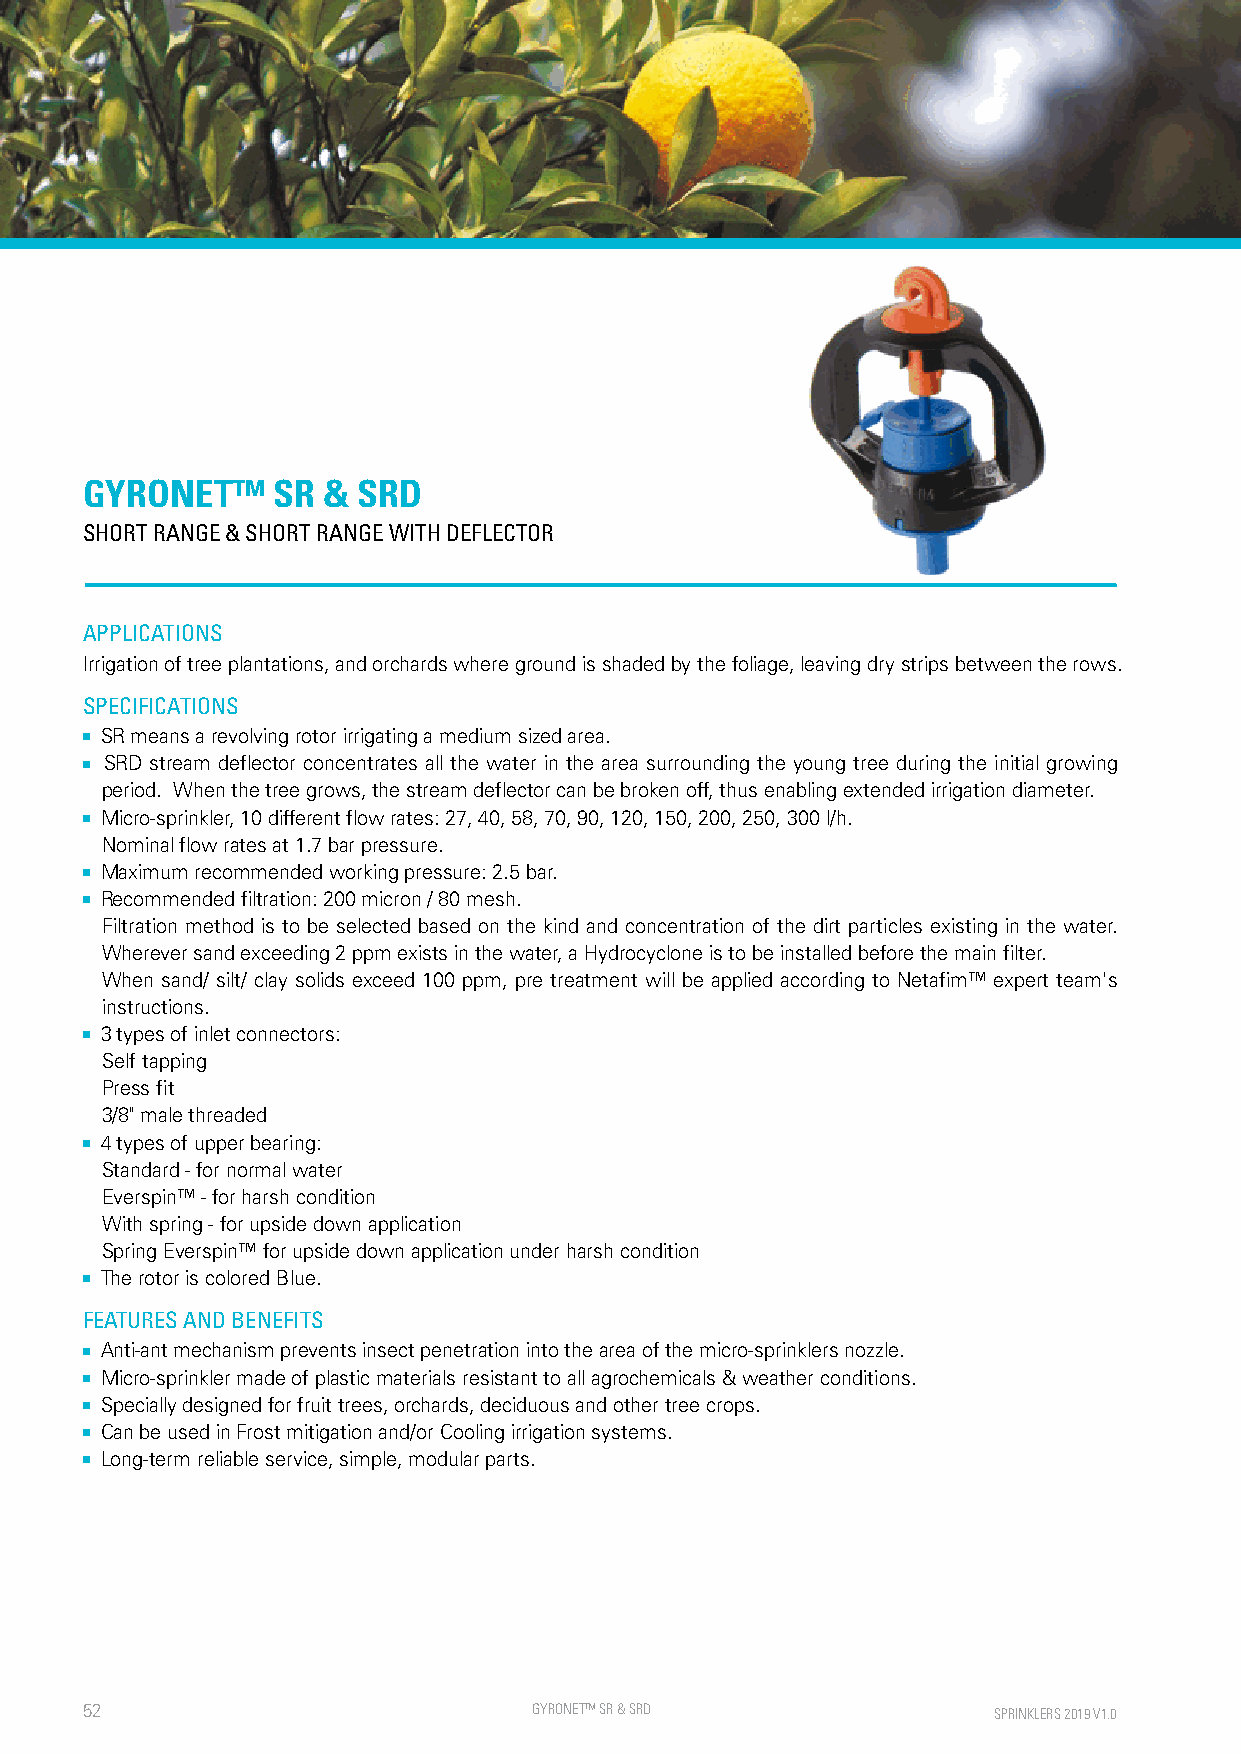
GYRONET™     SR &  SRD
 SHORT RANGE & SHORT RANGE WITH DEFLECTOR
 APPLICATIONS
 Irrigation of tree plantations, and orchards where ground is shaded by the foliage, leaving dry strips between the rows.
 SPECIFICATIONS
 ■ SR means a revolving rotor irrigating a medium sized area.
 ■ SRD stream deflector concentrates all the water in the area surrounding the young tree during the initial growing
 period. When the tree grows, the stream deflector can be broken off, thus enabling extended irrigation diameter.
 ■ Micro-sprinkler, 10 different flow rates: 27, 40, 58, 70, 90, 120, 150, 200, 250, 300 l/h.
 Nominal flow rates at 1.7 bar pressure.
 ■ Maximum recommended working pressure: 2.5 bar.
 ■ Recommended filtration: 200 micron / 80 mesh.
 Filtration method is to be selected based on the kind and concentration of the dirt particles existing in the water.
 Wherever sand exceeding 2 ppm exists in the water, a Hydrocyclone is to be installed before the main filter.
 When sand/ silt/ clay solids exceed 100 ppm, pre treatment will be applied according to Netafim™ expert team's
 instructions.
 ■ 3 types of inlet connectors:
 Self tapping
 Press fit
 3/8" male threaded
 ■ 4 types of upper bearing:
 Standard - for normal water
 Everspin™ - for harsh condition
 With spring - for upside down application
 Spring Everspin™ for upside down application under harsh condition
 ■ The rotor is colored Blue.
 FEATURES AND BENEFITS
 ■ Anti-ant mechanism prevents insect penetration into the area of the micro-sprinklers nozzle.
 ■ Micro-sprinkler made of plastic materials resistant to all agrochemicals & weather conditions.
 ■ Specially designed for fruit trees, orchards, deciduous and other tree crops.
 ■ Can be used in Frost mitigation and/or Cooling irrigation systems.
 ■ Long-term reliable service, simple, modular parts.
 52                            GYRONET™ SR & SRD              SPRINKLERS 2019 V1.0